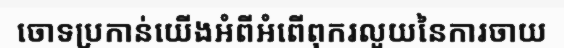
ចោទប្រកាន់យើងអំពីអំពើពុករលួយនៃការចាយ